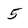
Character: 5